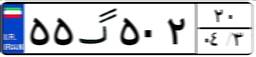
۵۵گ۵۰۲۲۰